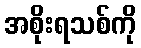
အစိုးရသစ်ကို